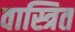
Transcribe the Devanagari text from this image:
वास्त्रित